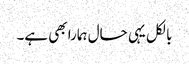
بالکل یہی حال ہمارا بھی ہے۔